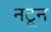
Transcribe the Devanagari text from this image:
नटून